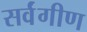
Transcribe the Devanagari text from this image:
सर्वंगीण